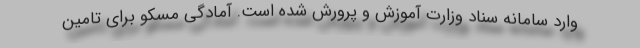
وارد سامانه سناد وزارت آموزش و پرورش شده است. آمادگی مسکو برای تامین